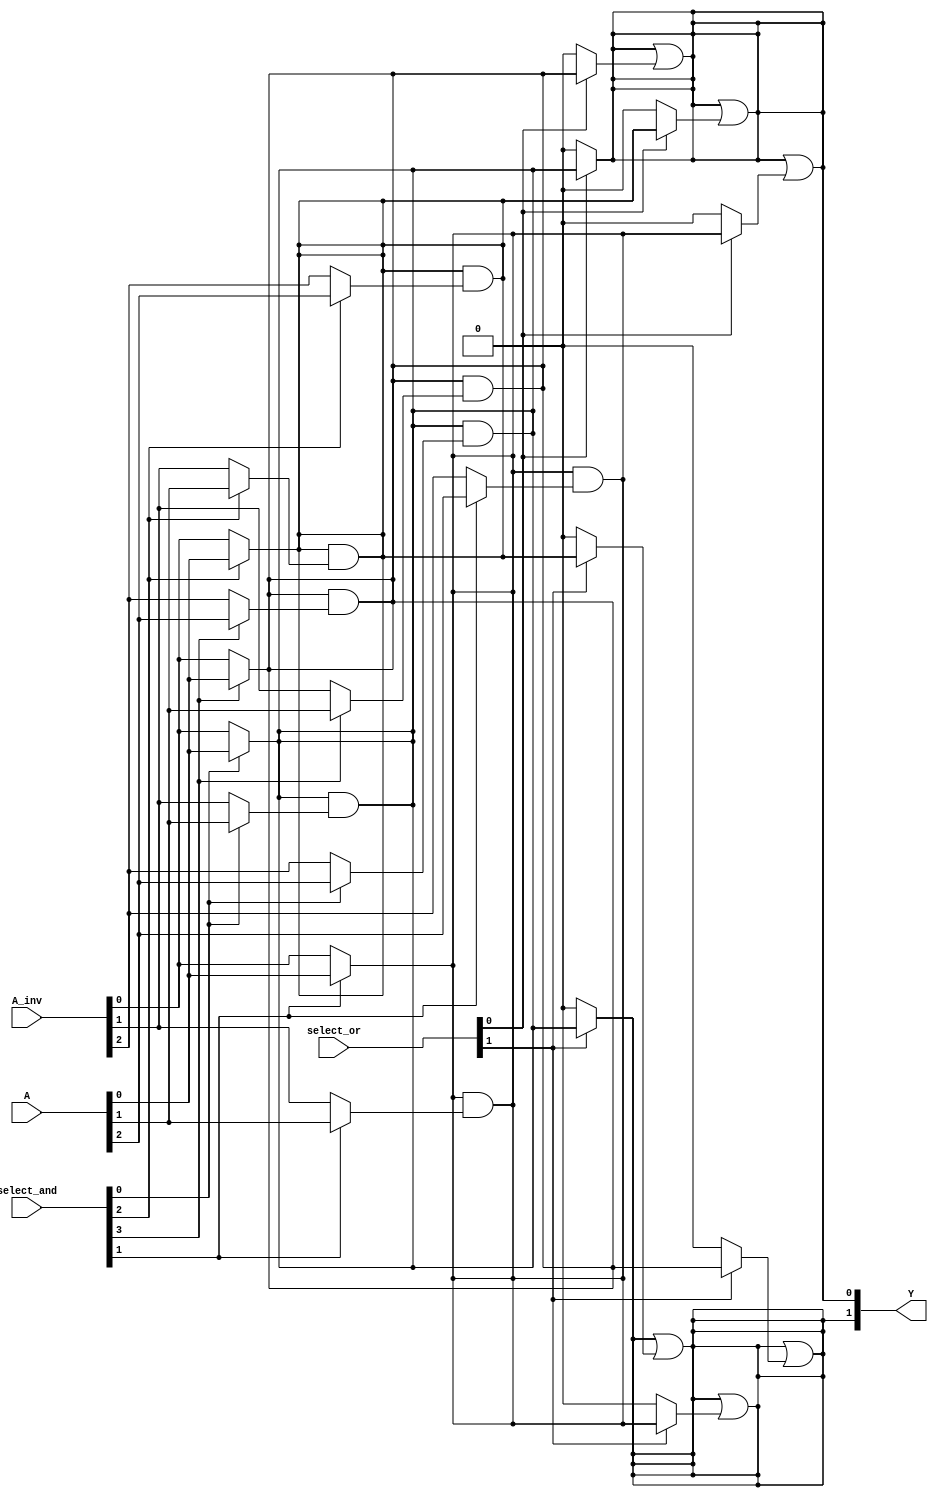
module programmable_logic_array (
    input wire [N-1:0] A,      // N inputs (A, B, C, etc.)
    input wire [N-1:0] A_inv,  // Inverted inputs
    input wire [M-1:0] select_and, // Selection lines for AND gates
    input wire [P-1:0] select_or, // Selection lines for OR gates
    output wire [Q-1:0] Y      // Q outputs (Y1, Y2, etc.)
);

parameter N = 3; // Number of inputs
parameter M = 4; // Number of AND gates
parameter P = 4; // Number of OR gates
parameter Q = 2; // Number of outputs

wire [M-1:0] P_terms; // Product terms from AND gates
wire [P-1:0] OR_inputs[M-1:0]; // Connections from AND gates to OR gates

// AND Plane: Generate product terms
genvar i, j;
generate
    for (i = 0; i < M; i = i + 1) begin : and_gate
        wire and_input;

        // Example logic for AND gates configuration
        // You can use select_and to determine the specific connections
        assign and_input = (select_and[i]) ? A[0] : A_inv[0]; // Just an example

        for (j = 1; j < N; j = j + 1) begin : input_connections
            assign and_input = and_input & ((select_and[i]) ? A[j] : A_inv[j]);
        end
        
        assign P_terms[i] = and_input;
    end
endgenerate

// OR Plane: Generate outputs based on product terms
genvar k;
generate
    for (k = 0; k < Q; k = k + 1) begin : or_gate
        wire or_input;

        // Example logic for OR gates configuration
        // You can use select_or to determine the specific connections
        assign or_input = select_or[k] ? P_terms[0] : 1'b0; // Just an example

        for (j = 1; j < M; j = j + 1) begin : product_term_connections
            assign or_input = or_input | (select_or[k] ? P_terms[j] : 1'b0);
        end
        
        assign Y[k] = or_input;
    end
endgenerate

endmodule